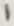
Text: 1